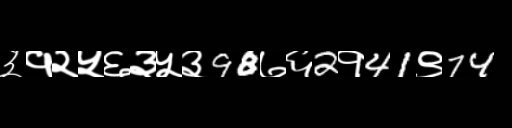
Text: ३१२५६३५३98७६2१41९74